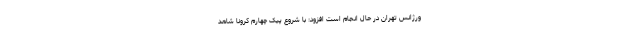
ورژانس تهران در حال انجام است افزود: با شروع پیک چهارم کرونا شاهد